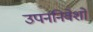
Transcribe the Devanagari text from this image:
उपननिवेशों